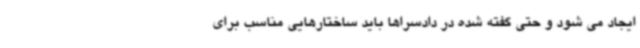
ایجاد می شود و حتی گفته شده در دادسراها باید ساختارهایی مناسب برای